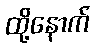
ထို့နောက်